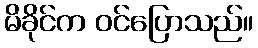
မိခိုင်က ဝင်ပြောသည်။